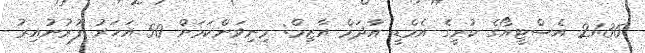
21:36 އެސްޓީއޯގެ ކުރީގެ އެމްޑީ އާދަމް އާޒިމް: މިނިވަންކަމަށް 50 އަހަރު ފުރުނުއިރު